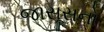
જાસૂસનો